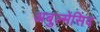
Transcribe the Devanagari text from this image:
अबुल्मेसिद